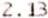
2.13